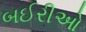
બઈરીઓ